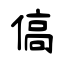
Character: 傐